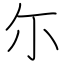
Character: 尓